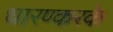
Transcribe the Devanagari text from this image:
धारण्करके